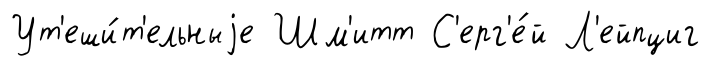
Ут'еши́т'ельныjе Шм'итт С'ерг'е́й Л'ейпциг